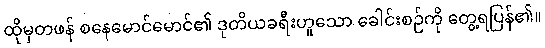
ထိုမှတဖန် စနေမောင်မောင်၏ ဒုတိယခရီးဟူသော ခေါင်းစဉ်ကို တွေ့ရပြန်၏။